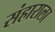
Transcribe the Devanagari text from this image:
संहाराला